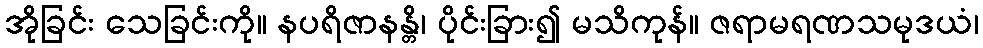
အိုခြင်း သေခြင်းကို။ နပရိဇာနန္တိ၊ ပိုင်းခြား၍ မသိကုန်။ ဇရာမရဏသမုဒယံ၊